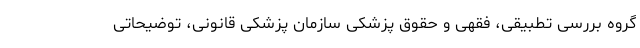
گروه بررسی تطبیقی، فقهی و حقوق پزشکی سازمان پزشکی قانونی، توضیحاتی